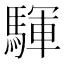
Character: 䮝